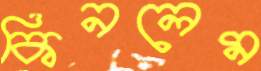
কিনলেম